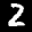
Label: 2